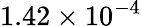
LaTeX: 1.42\times 10^{-4}